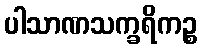
ပါသာဏသက္ခရိကဉ္စ